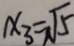
x _ { 3 } = \sqrt { 5 }